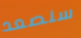
سنصعد